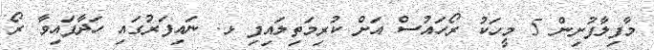
މާފިލާފުށިން 5 މީހަކު ރޯހައުސް އަށް ކުރިމަތިލައިފި ޅ. ނައިފަރުގައި ހަދާފައިވާ ރޯ